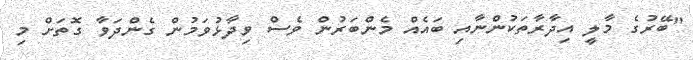
"ބޭރުގެ މާލީ އިދާރާތަކުންނާއި ބައެއް މެންބަރުން ވެސް ވިދާޅުވަމުން ގެންދަވާ ގޮތަށް މި